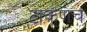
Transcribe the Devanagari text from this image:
टाकणेच